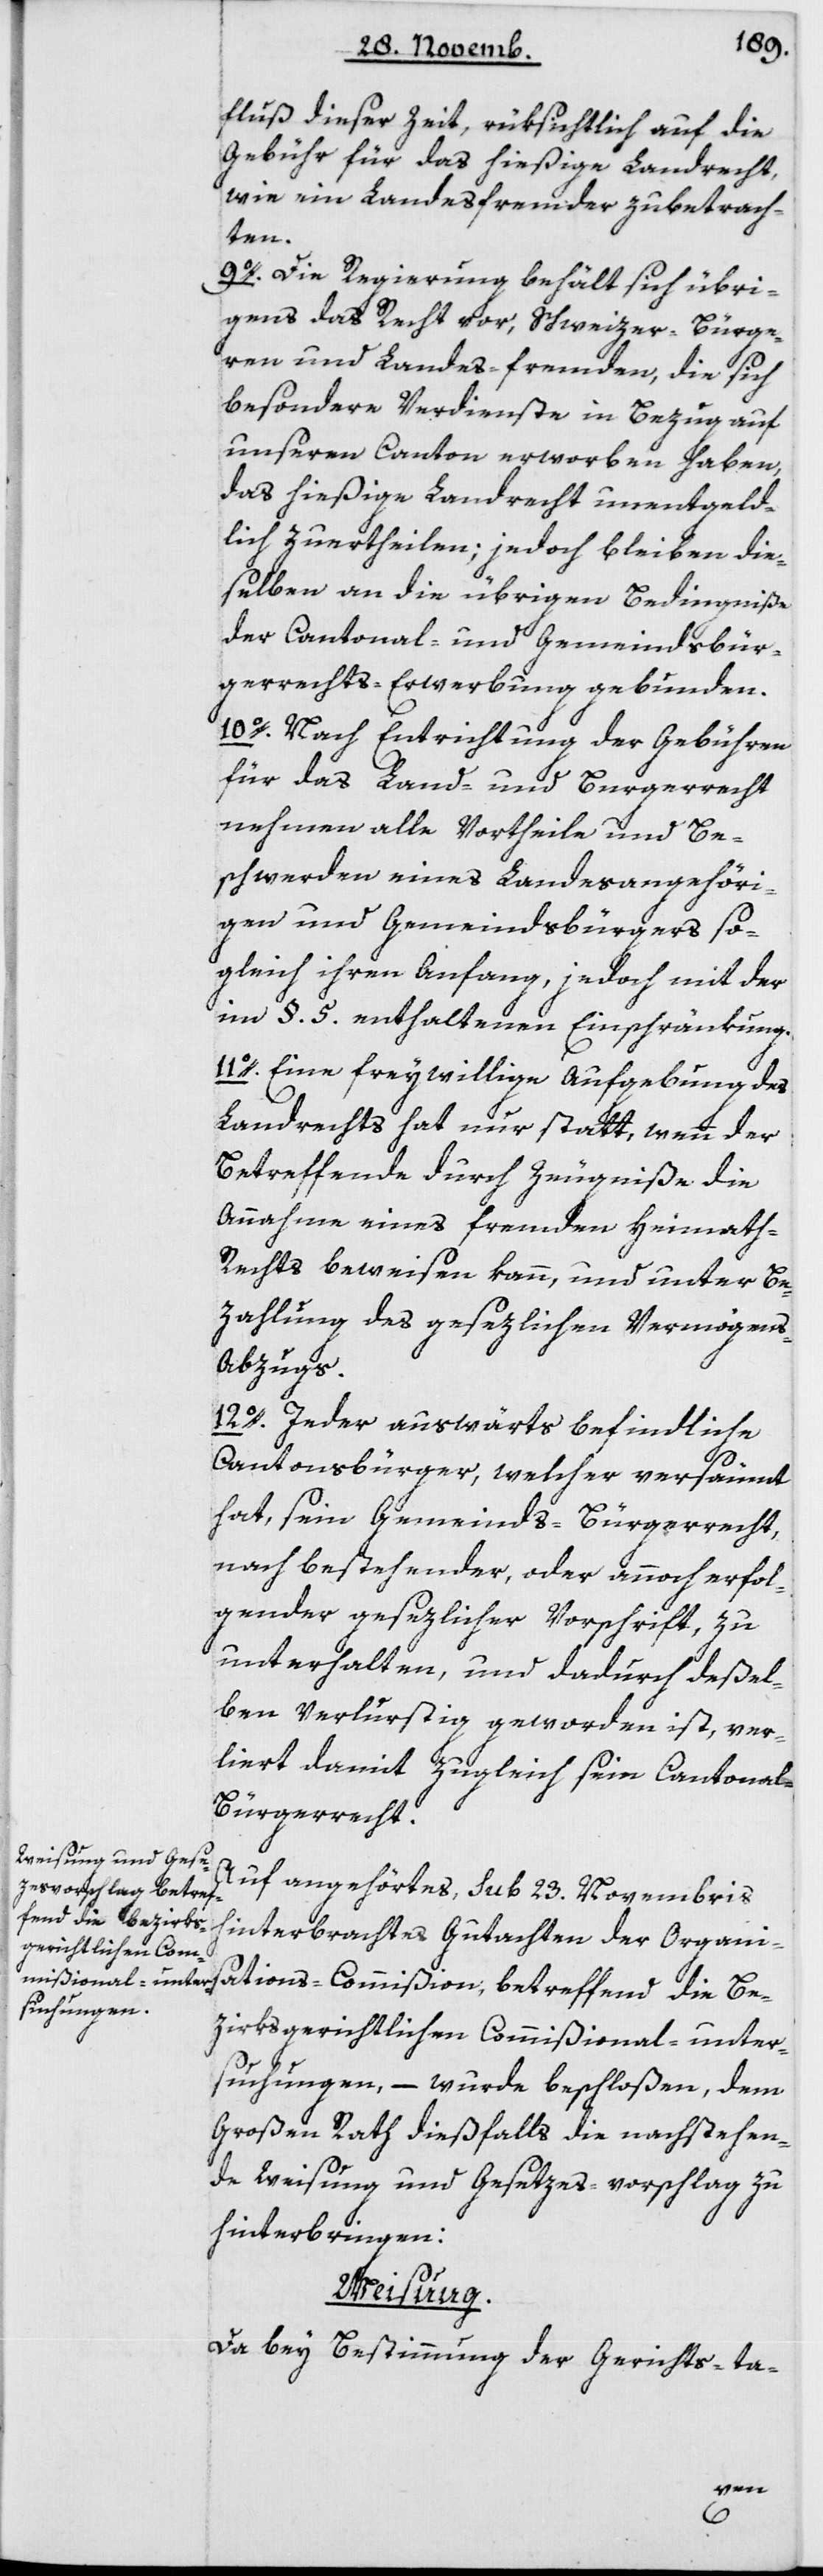
fluß dieser Zeit, rüksichtlich auf die
Gebühr für das hießige Landrecht,
wie ein Landesfremder zu betrach¬
ten.
9. Die Regierung behält sich übri¬
gens das Recht vor, Schweizer Bürge¬
ren und Landesfremden, die sich
besondere Verdienste in Bezug auf
unseren Canton erworben haben,
das hießige Landrecht unentgeld¬
lich zu ertheilen; jedoch bleiben die¬
selben an die übrigen Bedingniße
der Cantonal- und Gemeindsbür¬
gerrechts-Erwerbung gebunden.
10. Nach Entrichtung der Gebühren
für das Land- und Bürgerrecht
nehmen alle Vortheile und Be¬
schwerden eines Landesangehöri¬
gen und Gemeindsbürgers so¬
gleich ihren Anfang, jedoch mit der
im § 5 enthaltenen Einschränkung.
11. Eine freywillige Aufgebung des
Landrechts hat nur statt, wenn der
Betreffende durch Zeugniße die
Annahme eines fremden Heimat¬
h-Rechts beweisen kann, und unter Be¬
zahlung des gesezlichen Vermögens-A¬
bzugs.
12. Jeder auswärts befindliche
Cantonsbürger, welcher versäumt
hat, sein Gemeinds-Bürgerrecht
nach bestehender oder annoch erfol¬
gender gesetzlicher Vorschrift zu
unterhalten, und dadurch deßel¬
ben verlurstig geworden ist, ver¬
liert damit zugleich seyn Cantonal-B¬
ürgerrecht.
Auf angehörtes, sub 23 Novembris
s-Commißion, betref¬
hinterbrachtes Gutachten der Organis¬
zirksgerichtlichen Commißional-unter¬
suchungen, – wurde beschloßen, dem
Großen Rath dießfalls die nachstehen¬
de Weisung und Gesetzes-Vorschlag zu
hinterbringen:
Weisung.
Da bey Bestimmung der Gerichts-ta-
be¬